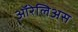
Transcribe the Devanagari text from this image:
ऑरेलिअस